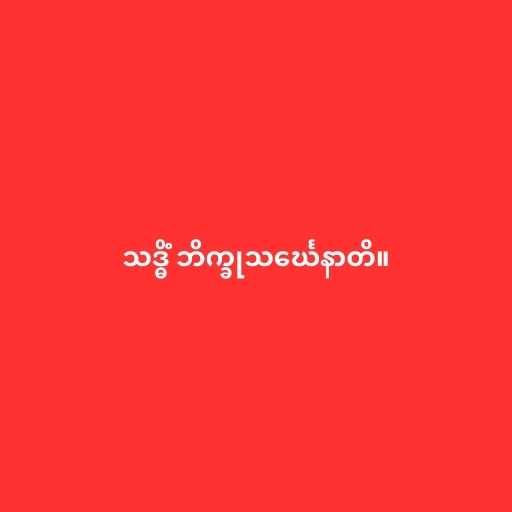
သဒ္ဓိံ ဘိက္ခုသင်္ဃေနာတိ။